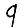
Digit: 9